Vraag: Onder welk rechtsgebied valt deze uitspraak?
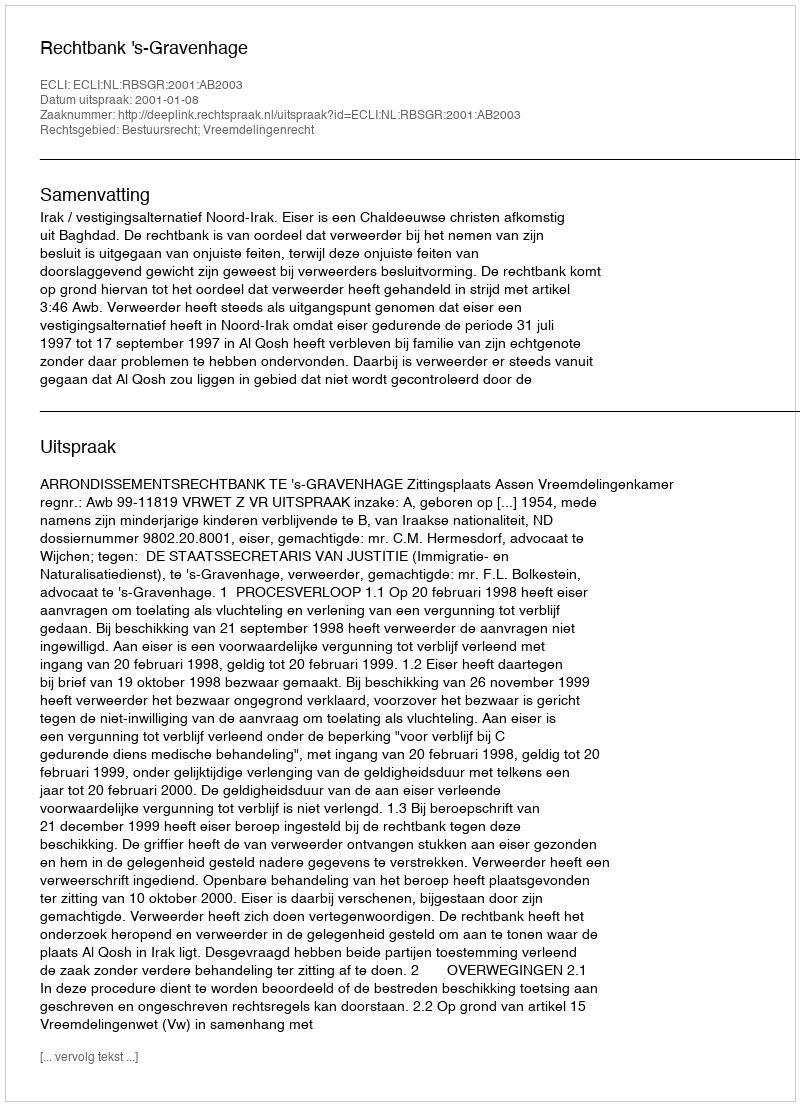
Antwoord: Bestuursrecht; Vreemdelingenrecht